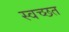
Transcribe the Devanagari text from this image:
स्वच्छत